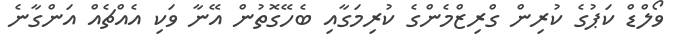
ވޯލްޑް ކަޕުގެ ކުރިން ގްރިޒްމެންގެ ކުރިމަގާއި ބެހޭގޮތުން އޭނާ ވަކި އެއްޗެއް އަންގާނެ